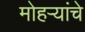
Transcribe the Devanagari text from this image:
मोहऱ्यांचे